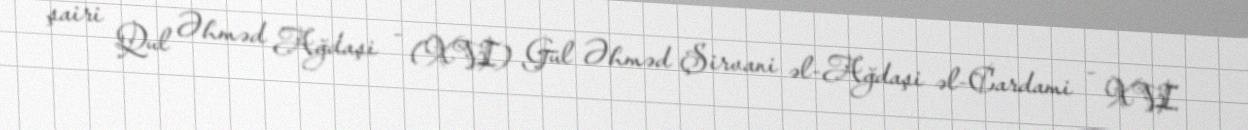
şairi Qul Əhməd Ağdaşi - (XVI) Gül Əhməd Şirvani əl-Ağdaşi əl-Cardami - XVI.